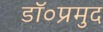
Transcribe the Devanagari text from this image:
डॉ०प्रमुद